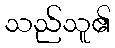
သည်သူ၏